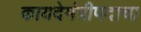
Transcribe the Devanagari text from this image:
कायदेमंत्रीपदाचा